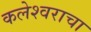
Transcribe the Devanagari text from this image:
कलेश्वराचा